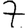
Digit: 7